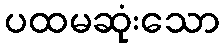
ပထမဆုံးသော